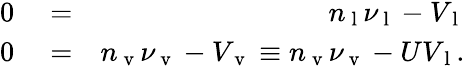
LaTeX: \begin{array}{rlr}{0}&{{}=}&{n_{\mathrm{~l~}}\nu_{\mathrm{~l~}}-V_{\mathrm{~l~}}}\\ {0}&{{}=}&{n_{\mathrm{~v~}}\nu_{\mathrm{~v~}}-V_{\mathrm{~v~}}\equiv n_{\mathrm{~v~}}\nu_{\mathrm{~v~}}-UV_{\mathrm{~l~}}.}\end{array}